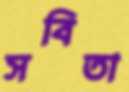
সবিতা